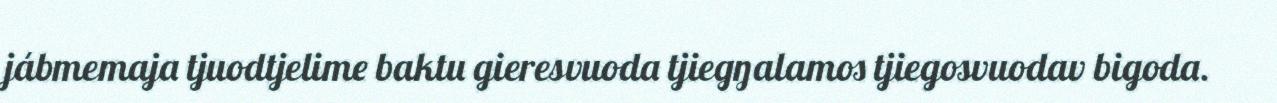
jábmemaja tjuodtjelime baktu gieresvuoda tjiegŋalamos tjiegosvuodav bigoda.